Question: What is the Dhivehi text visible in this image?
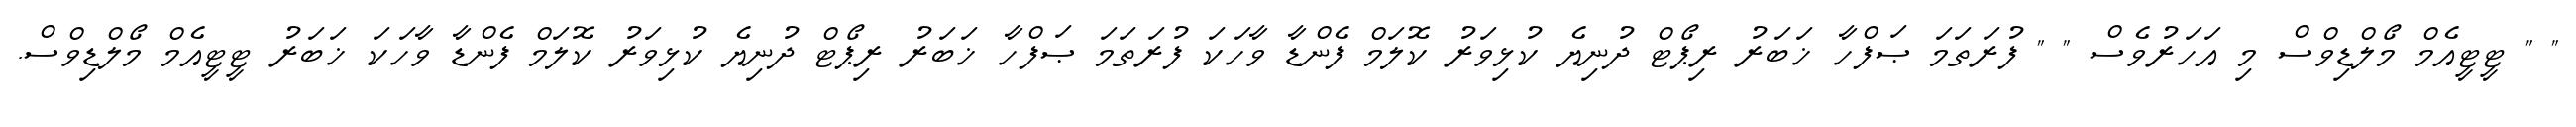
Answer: " " ޓީޓީއެމް މޯލްޑިވްސް މި އަހަރުވެސް " " ފުރަތަމަ ޞަފްހާ ޚަބަރު ރިޕޯޓް ދުނިޔެ ކުޅިވަރު ކޮލަމް ފެންޑާ ވާހަކަ ފުރަތަމަ ޞަފްހާ ޚަބަރު ރިޕޯޓް ދުނިޔެ ކުޅިވަރު ކޮލަމް ފެންޑާ ވާހަކަ ޚަބަރު ޓީޓީއެމް މޯލްޑިވްސް.